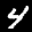
Label: 4